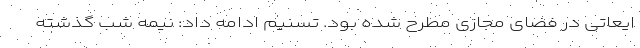
ایعاتی در فضای مجازی مطرح شده بود. تسنیم ادامه داد: نیمه شب گذشته